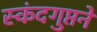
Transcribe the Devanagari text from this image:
स्कंदगुप्तने